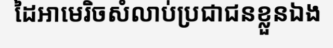
ដៃអាមេរិចសំលាប់ប្រជាជនខ្លួនឯង